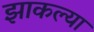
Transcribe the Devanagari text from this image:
झाकल्या